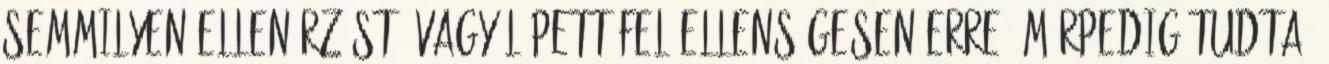
semmilyen ellenérzést, vagy lépett fel ellenségesen erre. Márpedig tudta,